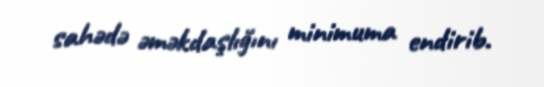
sahədə əməkdaşlığını minimuma endirib.